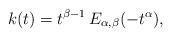
LaTeX: \begin{align*}k(t) = t^{\beta -1}\, E_{\alpha,\beta}(-t^\alpha),\end{align*}